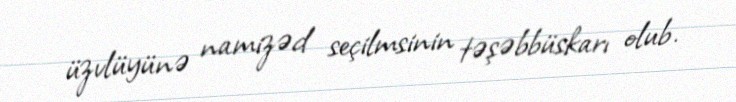
üzvlüyünə namizəd seçilmsinin təşəbbüskarı olub.